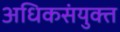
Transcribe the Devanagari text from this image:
अधिकसंयुक्त